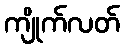
ကျိုက်လတ်